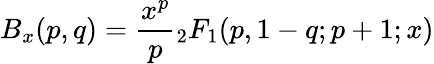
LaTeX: B_{x}(p,q)={\frac{x^{p}}{p}}{}_{2}F_{1}(p,1-q;p+1;x)